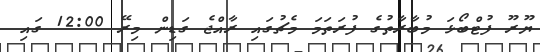
ޔޫރޫ ފުޓްބޯޅަ މުބާރާތުގެ ފުރަތަމަ މެޗުގައި ރާއްޖެ ގަޑިން މިރޭ 12:00 ގައި